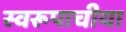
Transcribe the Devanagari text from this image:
स्वरूपाचीया